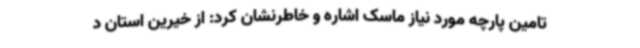
تامین پارچه مورد نیاز ماسک اشاره و خاطرنشان کرد: از خیرین استان د